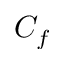
C _ { f }